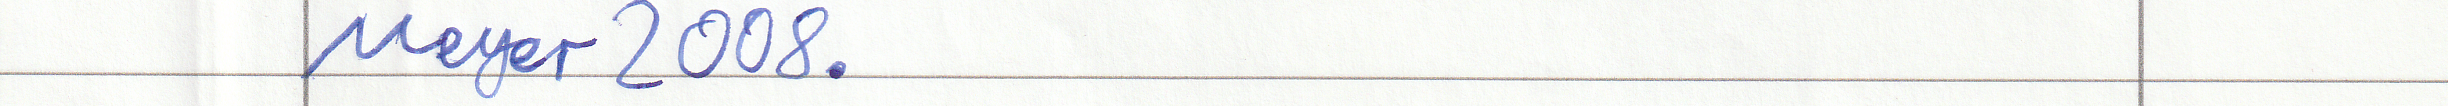
Meyer 2008.